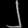
Digit: ၂